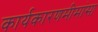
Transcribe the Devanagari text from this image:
कार्यकारणमीमांसा